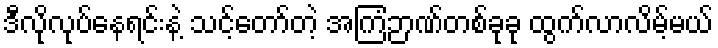
ဒီလိုလုပ်နေရင်းနဲ့ သင့်တော်တဲ့ အကြံဉာဏ်တစ်ခုခု ထွက်လာလိမ့်မယ်